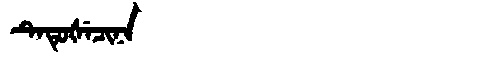
Manchu: ᡨᡝᡨᡠᡧᡝᠴᡳᠨᠠ
Romanization: TETUŠECINA